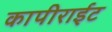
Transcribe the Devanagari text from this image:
कापीराईट